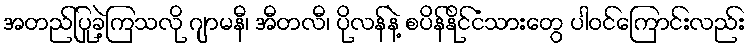
အတည်ပြုခဲ့ကြသလို ဂျာမနီ၊ အီတလီ၊ ပိုလန်နဲ့ စပိန်နိုင်ငံသားတွေ ပါဝင်ကြောင်းလည်း